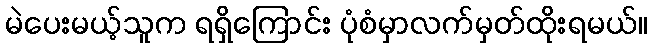
မဲပေးမယ့်သူက ရရှိကြောင်း ပုံစံမှာလက်မှတ်ထိုးရမယ်။